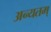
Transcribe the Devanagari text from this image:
अन्यतम्